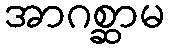
အာဂစ္ဆာမ